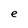
Character: e